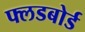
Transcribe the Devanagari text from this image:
फ्लडबोर्ड